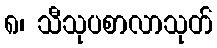
၈၊ သီသုပစာလာသုတ်